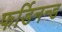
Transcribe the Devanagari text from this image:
फर्डिनन्ड